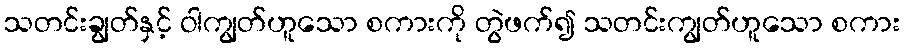
သတင်းချွတ်နှင့် ဝါကျွတ်ဟူသော စကားကို တွဲဖက်၍ သတင်းကျွတ်ဟူသော စကား